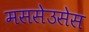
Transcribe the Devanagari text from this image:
मससेउसेस